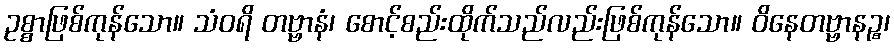
ဥစ္စာဖြစ်ကုန်သော။ သံဝရိ တဗ္ဗာနံ၊ စောင့်စည်းထိုက်သည်လည်းဖြစ်ကုန်သော။ ဝိနေတဗ္ဗာနဉ္စ၊